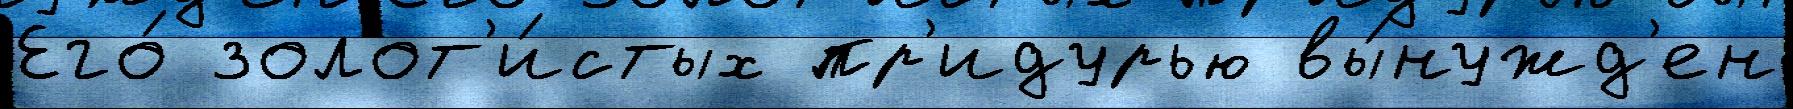
Его́ золот'и́стых пр'идурью вы́нужд'ен